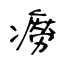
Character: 癆